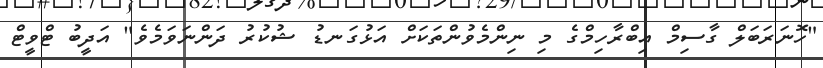
"ހޮނަރަބަލް ގާސިމް އިބްރާހިމްގެ މި ނިންމެވުންތަކަށް އަޅުގަނޑު ޝުކުރު ދަންނަވަމެވެ" އަދީބު ޓްވީޓް